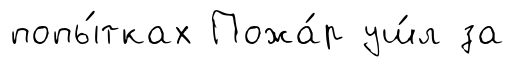
попы́тках Пожа́р уш́л за